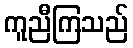
ကူညီကြသည်